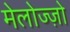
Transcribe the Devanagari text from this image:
मेलोज्ज़ो